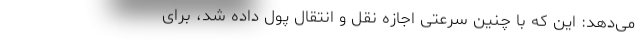
می‌دهد: این که با چنین سرعتی اجازه نقل و انتقال پول داده شد، برای